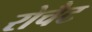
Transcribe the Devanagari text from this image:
रोचैट